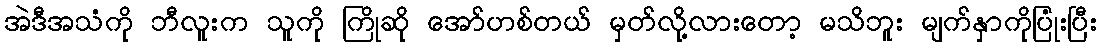
အဲဒီအသံကို ဘီလူးက သူကို ကြိုဆို အော်ဟစ်တယ် မှတ်လို့လားတော့ မသိဘူး မျက်နှာကိုပြုံးပြီး